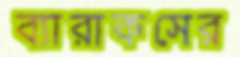
ব্যারাকসের